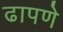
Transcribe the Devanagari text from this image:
ढापणे